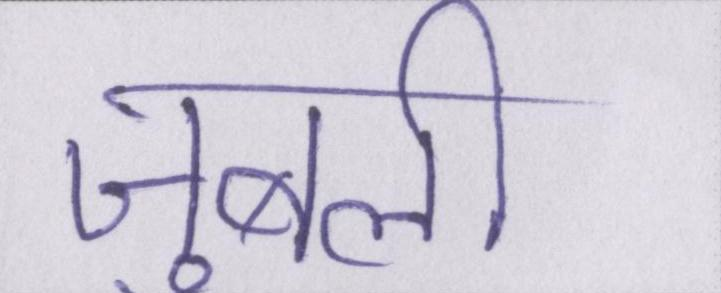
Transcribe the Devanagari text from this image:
जुबली